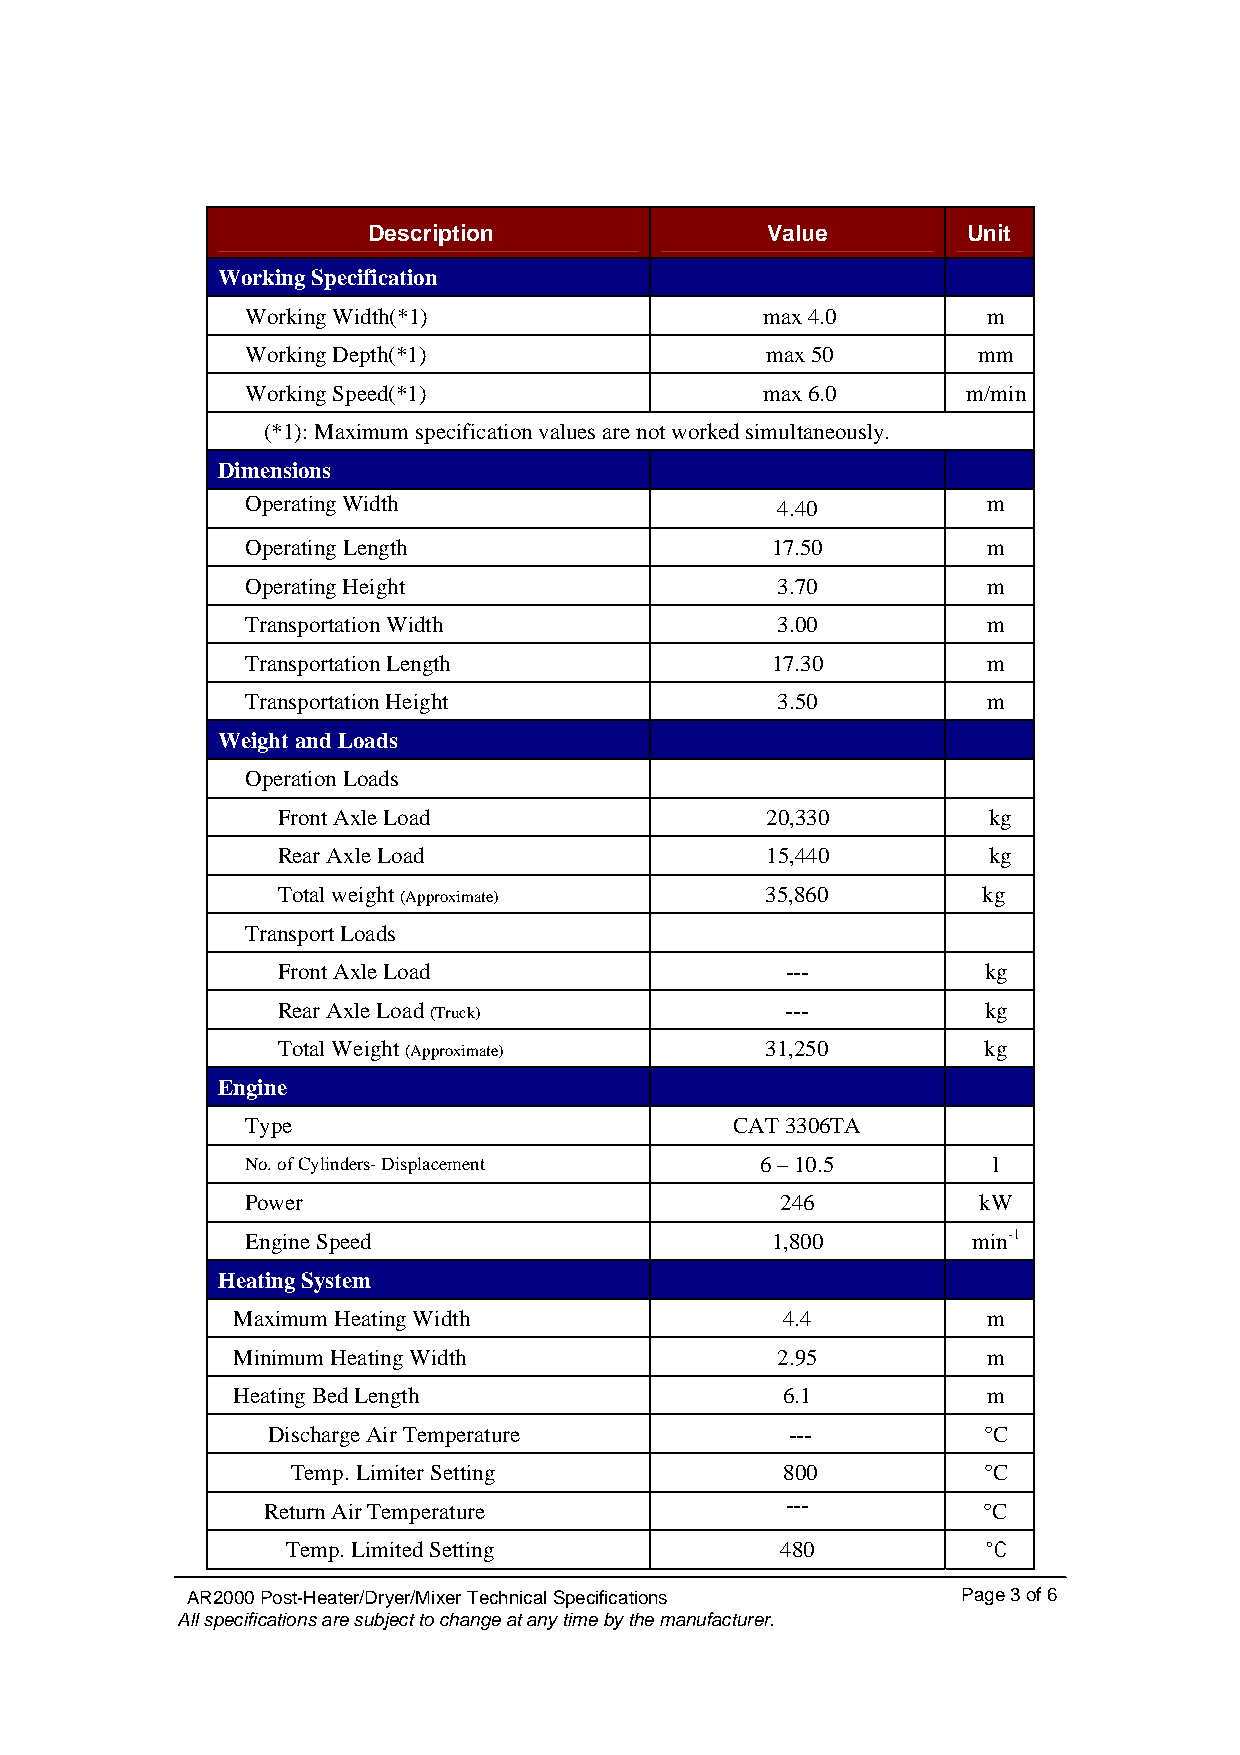
Description                Value        Unit
 Working Specification
 Working Width(*1)                 max 4.0        m
 Working Depth(*1)                  max 50        mm
 Working Speed(*1)                 max 6.0       m/min
 (*1): Maximum specification values are not worked simultaneously.
 Dimensions
 Operating Width                    4.40          m
 Operating Length                   17.50         m
 Operating Height                   3.70          m
 Transportation Width               3.00          m
 Transportation Length              17.30         m
 Transportation Height              3.50          m
 Weight and Loads
 Operation Loads
 Front Axle Load                  20,330        kg
 Rear Axle Load                   15,440        kg
 Total weight (Approximate)       35,860        kg
 Transport Loads
 Front Axle Load                   ---          kg
 Rear Axle Load (Truck)            ---          kg
 Total Weight (Approximate)       31,250        kg
 Engine
 Type                             CAT 3306TA
 No. of Cylinders- Displacement    6 – 10.5        l
 Power                               246          kW
 Engine Speed                       1,800        min-1
 Heating System
 Maximum Heating Width                4.4          m
 Minimum Heating Width               2.95          m
 Heating Bed Length                   6.1          m
 Discharge Air Temperature         ---          °C
 Temp. Limiter Setting            800          °C
 Return Air Temperature
 ---
 °C
 Temp. Limited Setting            480          °C
 AR2000 Post-Heater/Dryer/Mixer Technical Specifications Page 3 of 6
 All specifications are subject to change at any time by the manufacturer.